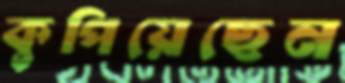
কুপিয়েছেন